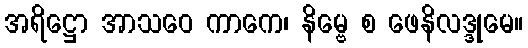
အရိဋ္ဌော အာသဝေ ကာကေ၊ နိမ္ဗေ စ ဖေနိလဒ္ဒုမေ။